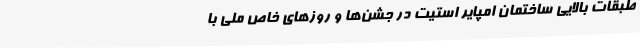
طبقات بالایی ساختمان امپایر استیت در جشن‌ها و روز‌های خاص ملی با